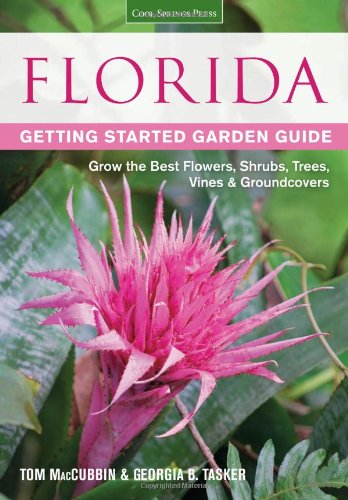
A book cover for Florida Getting Started Garden Guide: Grow the Best Flowers, Shrubs, Trees, Vines & Groundcovers (Garden Guides); Tom MacCubbin; Crafts, Hobbies & Home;